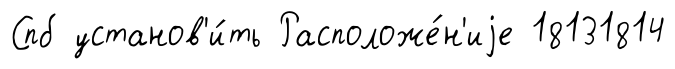
Спб установ'и́ть Расположе́н'иjе 18131814